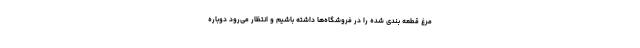
مرغ قطعه بندی شده را در فروشگاه‌ها داشته باشیم و انتظار می‌رود دوباره